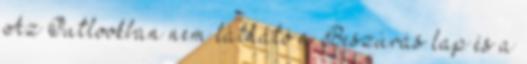
Az Outlookban nem látható a Beszúrás lap és a